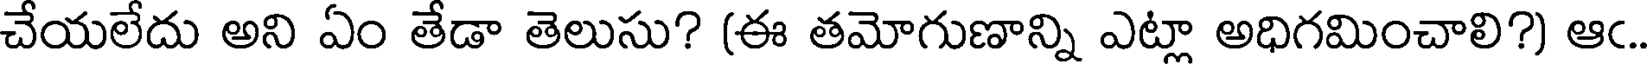
చేయలేదు అని ఏం తేడా తెలుసు? (ఈ తమోగుణాన్ని ఎట్లా అధిగమించాలి?) ఆఁ.